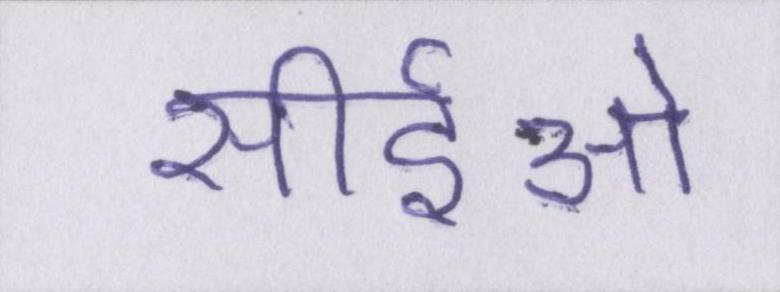
सीईओ